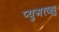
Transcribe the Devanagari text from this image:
प्युअरव्ह्यु